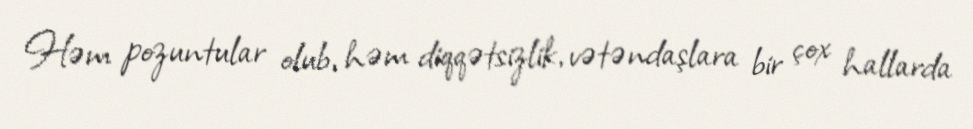
Həm pozuntular olub, həm diqqətsizlik, vətəndaşlara bir çox hallarda